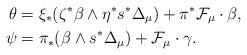
LaTeX: \begin{align*}\theta &= \xi_*( \zeta^* \beta\wedge \eta^*s^*\Delta _\mu) + \pi^* \mathcal F_\mu \cdot \beta, \\\psi&= \pi_*( \beta \wedge s^*\Delta_ \mu ) + \mathcal F_\mu \cdot \gamma .\end{align*}